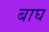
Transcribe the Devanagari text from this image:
बाघ्‍ा